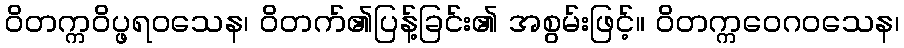
ဝိတက္ကဝိပ္ဖရဝသေန၊ ဝိတက်၏ပြန့်ခြင်း၏ အစွမ်းဖြင့်။ ဝိတက္ကဝေဂဝသေန၊